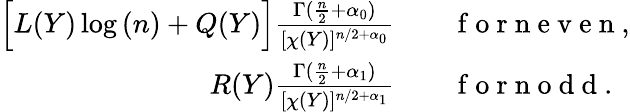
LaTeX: \begin{array}{rl}{\Big[L(Y)\log{(n)}+Q(Y)\Big]\frac{\Gamma(\frac{n}{2}+\alpha_{0})}{[\chi(Y)]^{n/2+\alpha_{0}}}}&{{}\quad\mathrm{~f~o~r~n~e~v~e~n~},}\\ {R(Y)\frac{\Gamma(\frac{n}{2}+\alpha_{1})}{[\chi(Y)]^{n/2+\alpha_{1}}}}&{{}\quad\mathrm{~f~o~r~n~o~d~d~}.}\end{array}